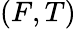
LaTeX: (F,T)